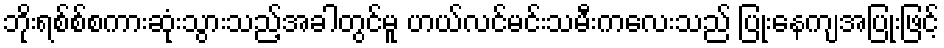
ဘိုးရစ်စ်စကားဆုံးသွားသည့်အခါတွင်မူ ဟယ်လင်မင်းသမီးကလေးသည် ပြုံးနေကျအပြုံးဖြင့်